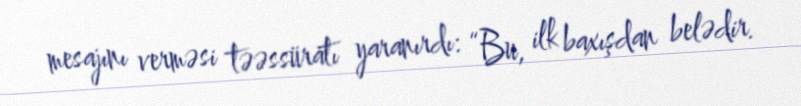
mesajını verməsi təəssüratı yaranırdı: “Bu, ilk baxışdan belədir.